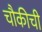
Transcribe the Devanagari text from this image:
चौकीची